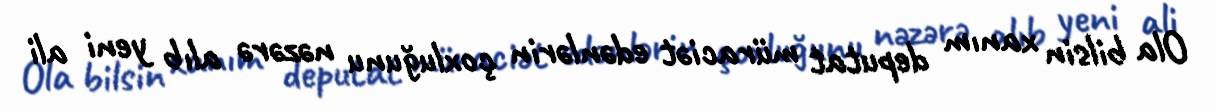
Ola bilsin xanım deputat müraciət edənlərin çoxluğunu nəzərə alıb yeni ali